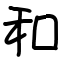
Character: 和